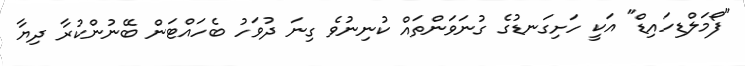
"ފޯމަލްޑިހައިޑް" އަކީ ހަށިގަނޑުގެ ގުނަވަންތައް ކުނިނުވެ ގިނަ ދުވަހު ބެހައްޓަން ބޭނުންކުރާ ދިޔާ